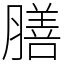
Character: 膳